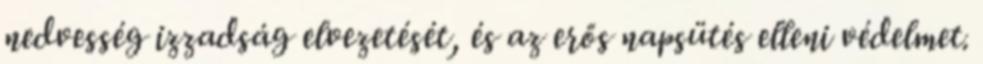
nedvesség izzadság elvezetését, és az erős napsütés elleni védelmet.